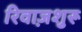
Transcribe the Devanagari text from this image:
रिवाज़शुरू